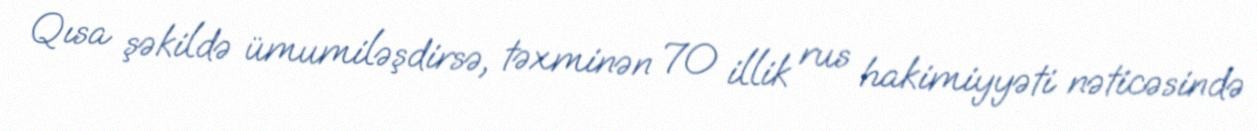
Qısa şəkildə ümumiləşdirsə, təxminən 70 illik rus hakimiyyəti nəticəsində